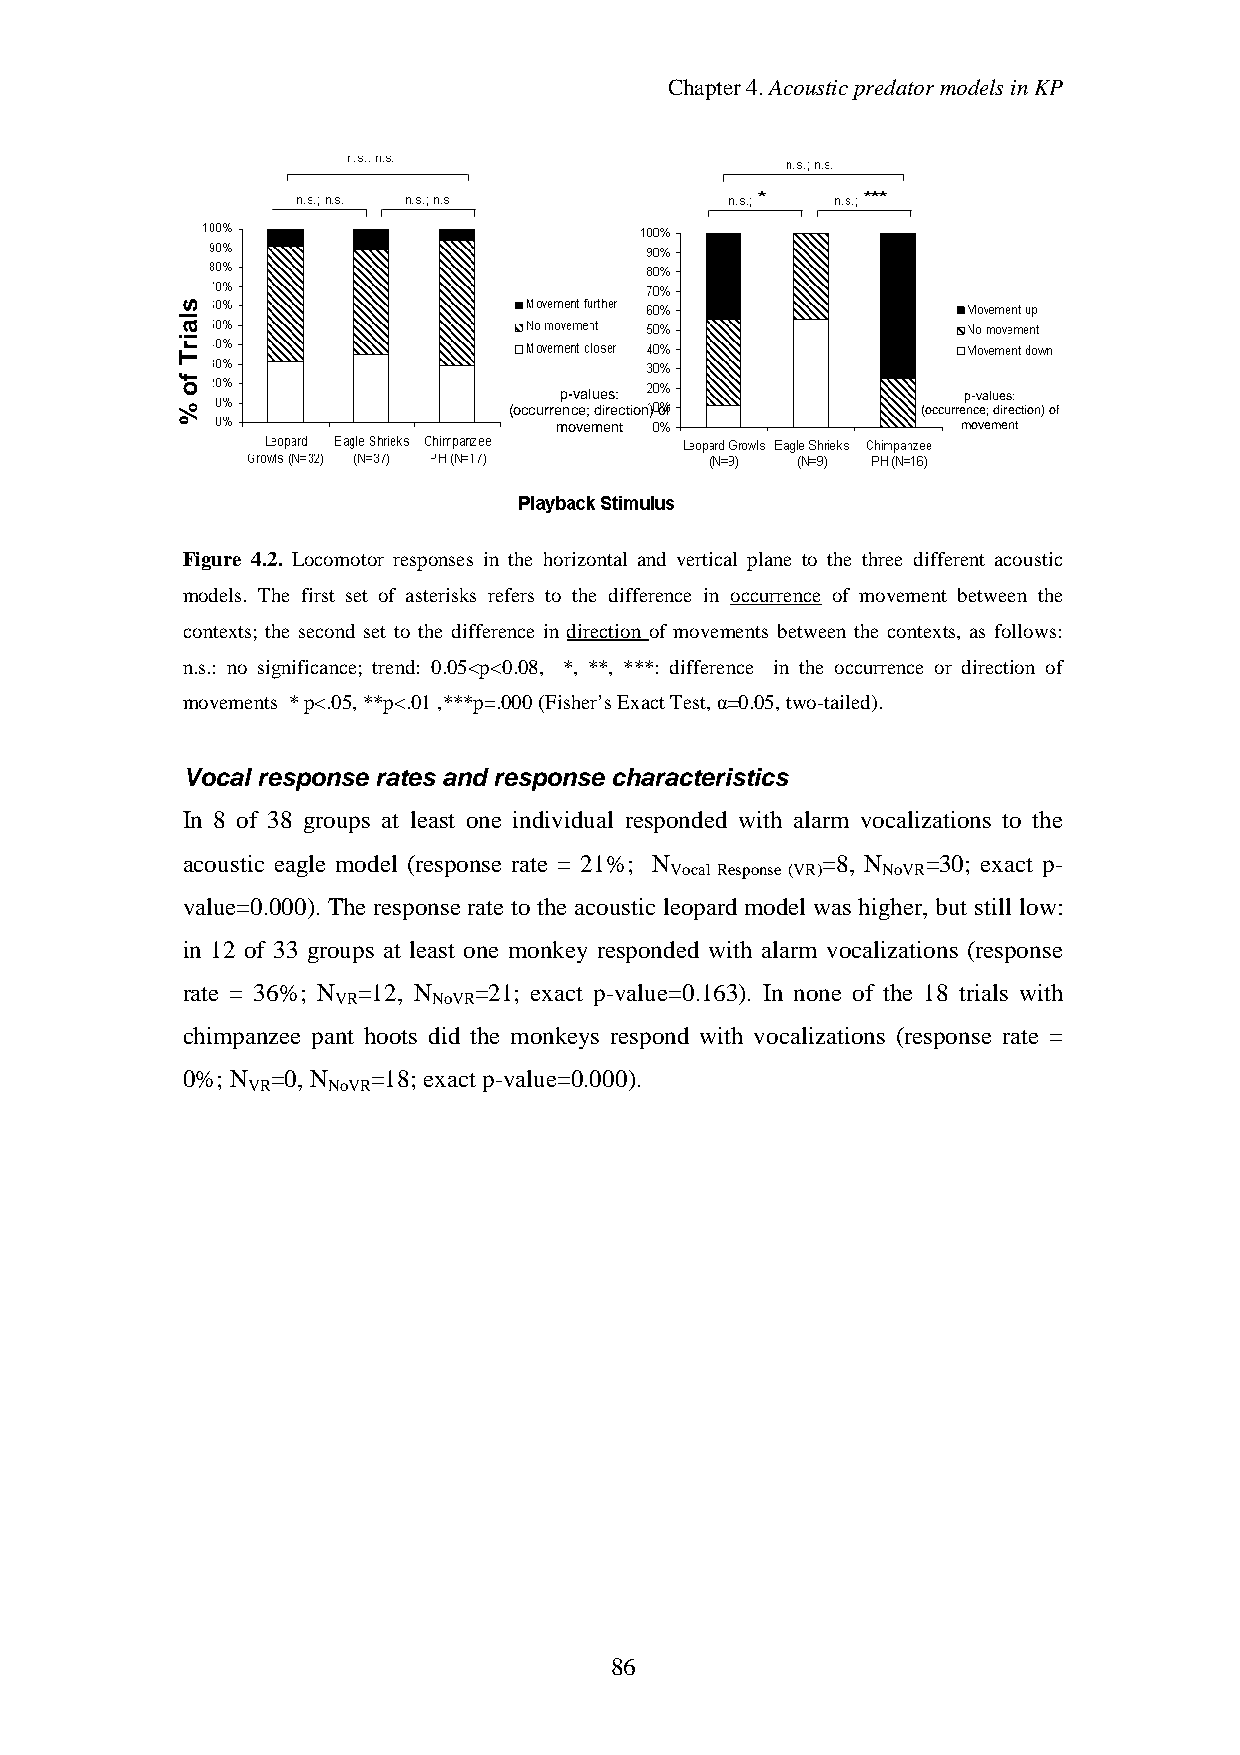
Chapter4.AcousticpredatormodelsinKP
 p-values:                  p-values:
 (occurrence;direction)of   (occurrence;direction)of
 movement                   movement
 Figure 4.2. Locomotor responses in the horizontal and vertical plane to the three different acoustic
 models. The first set of asterisks refers to the difference in occurrence of movement between the
 contexts; the second set to the difference in direction of movements between the contexts, as follows:
 n.s.: no significance; trend: 0.05<p<0.08, *, **, ***: difference in the occurrence or direction of
 movements *p<.05,**p<.01,***p=.000(Fisher’sExactTest,α=0.05,two-tailed).
 Vocal response rates and response characteristics
 In 8 of 38 groups at least one individual responded with alarm vocalizations to the
 acoustic eagle model (response rate = 21%; N =8, N =30; exact p-
 Vocal Response (VR) NoVR
 value=0.000). The response rate to the acoustic leopard model was higher, but still low:
 in 12 of 33 groups at least one monkey responded with alarm vocalizations (response
 rate = 36%; N =12, N =21; exact p-value=0.163). In none of the 18 trials with
 VR     NoVR
 chimpanzee pant hoots did the monkeys respond with vocalizations (response rate =
 0%; N =0,N   =18; exact p-value=0.000).
 VR    NoVR
 86
 slairT
 fo
 %